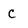
Character: c